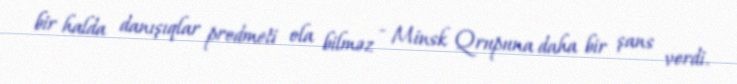
bir halda danışıqlar predmeti ola bilməz - Minsk Qrupuna daha bir şans verdi.